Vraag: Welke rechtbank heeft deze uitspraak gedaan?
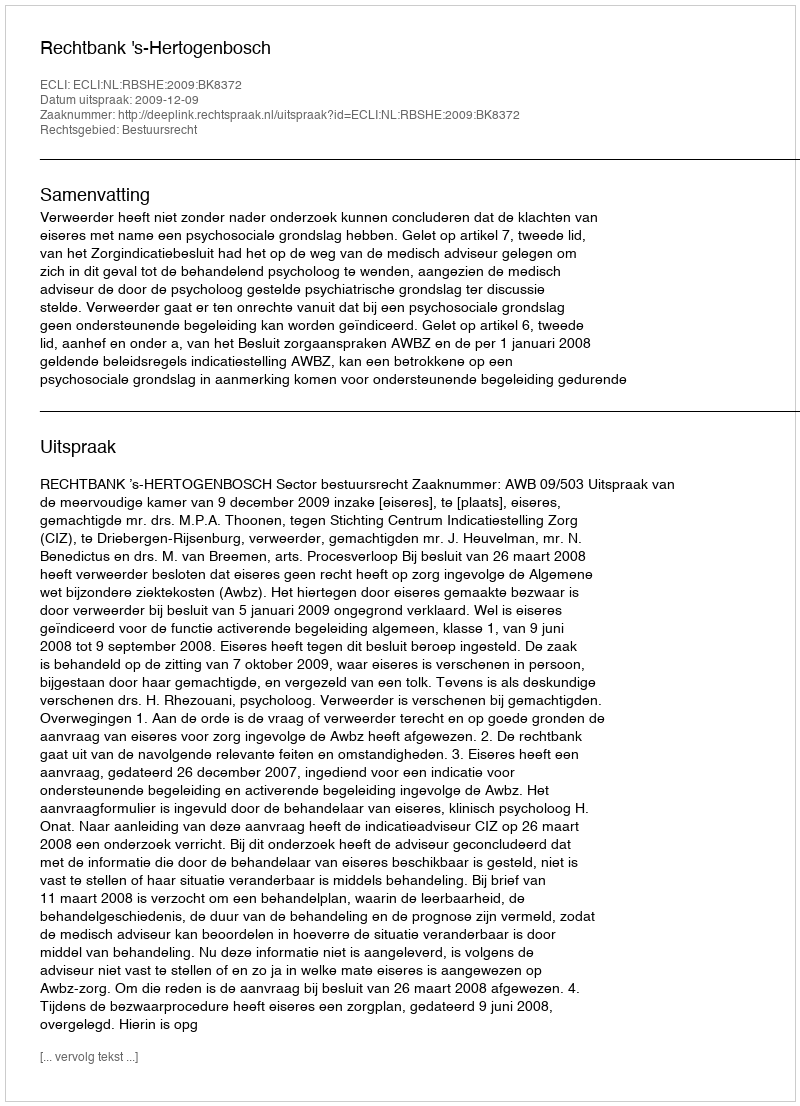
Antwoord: Rechtbank 's-Hertogenbosch